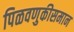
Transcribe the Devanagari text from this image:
पिळवणुकीसमान